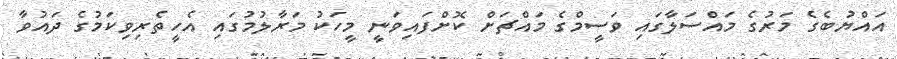
އައްޔުބެގެ މަރުގެ މައްސަލާގައި ވަސީމްގެ މައްޗަށް ކޮށްފައިވަނީ މީހަކު މަރާލުމުގައި އެހީތެރިވިކަމުގެ ދައުވާ